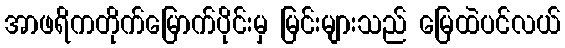
အာဖရိကတိုက်မြောက်ပိုင်းမှ မြင်းများသည် မြေထဲပင်လယ်